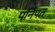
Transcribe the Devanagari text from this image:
पनिपत